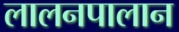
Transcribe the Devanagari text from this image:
लालनपालान